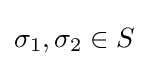
\sigma _{1},\sigma _{2}\in S